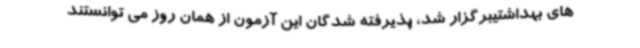
های بهداشتیبرگزار شد، پذیرفته شدگان این آزمون از همان روز می توانستند